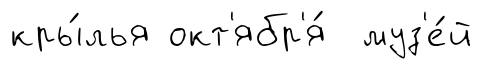
кры́лья окт'ябр'я́ муз'е́й